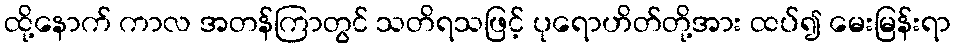
ထို့နောက် ကာလ အတန်ကြာတွင် သတိရသဖြင့် ပုရောဟိတ်တို့အား ထပ်၍ မေးမြန်းရာ